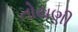
તોયણી